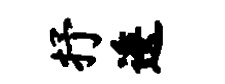
抒逶